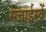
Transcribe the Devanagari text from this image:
सत्ताईस्वें